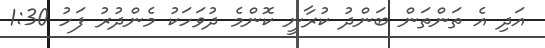
އަދި އެ ތަންތަން ބަންދު ކުރާނީ ކޮންމެ ދުވަހަކު މެންދުރު ފަހު 1:30